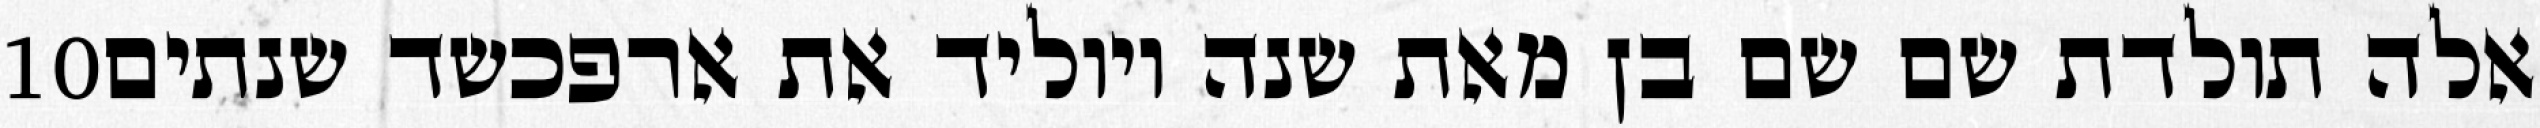
‎10‏ אלה תולדת שם שם בן מאת שנה ויוליד את ארפכשד שנתים